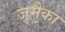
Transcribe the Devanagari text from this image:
जुमैका